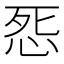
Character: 𭜨